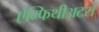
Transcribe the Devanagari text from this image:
ऐम्फिथीअटरों